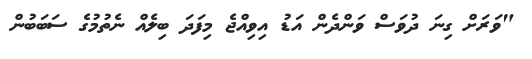
"ވަރަށް ގިނަ ދުވަސް ވަންދެން އަޑު އިވިއްޖެ މިފަދަ ބިލެއް ނެތުމުގެ ސަބަބުން